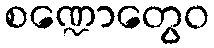
စဏ္ဍောတွေဝ